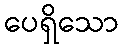
ပေရှိသော